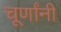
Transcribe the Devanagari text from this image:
चूर्णांनी